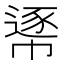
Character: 𢄘